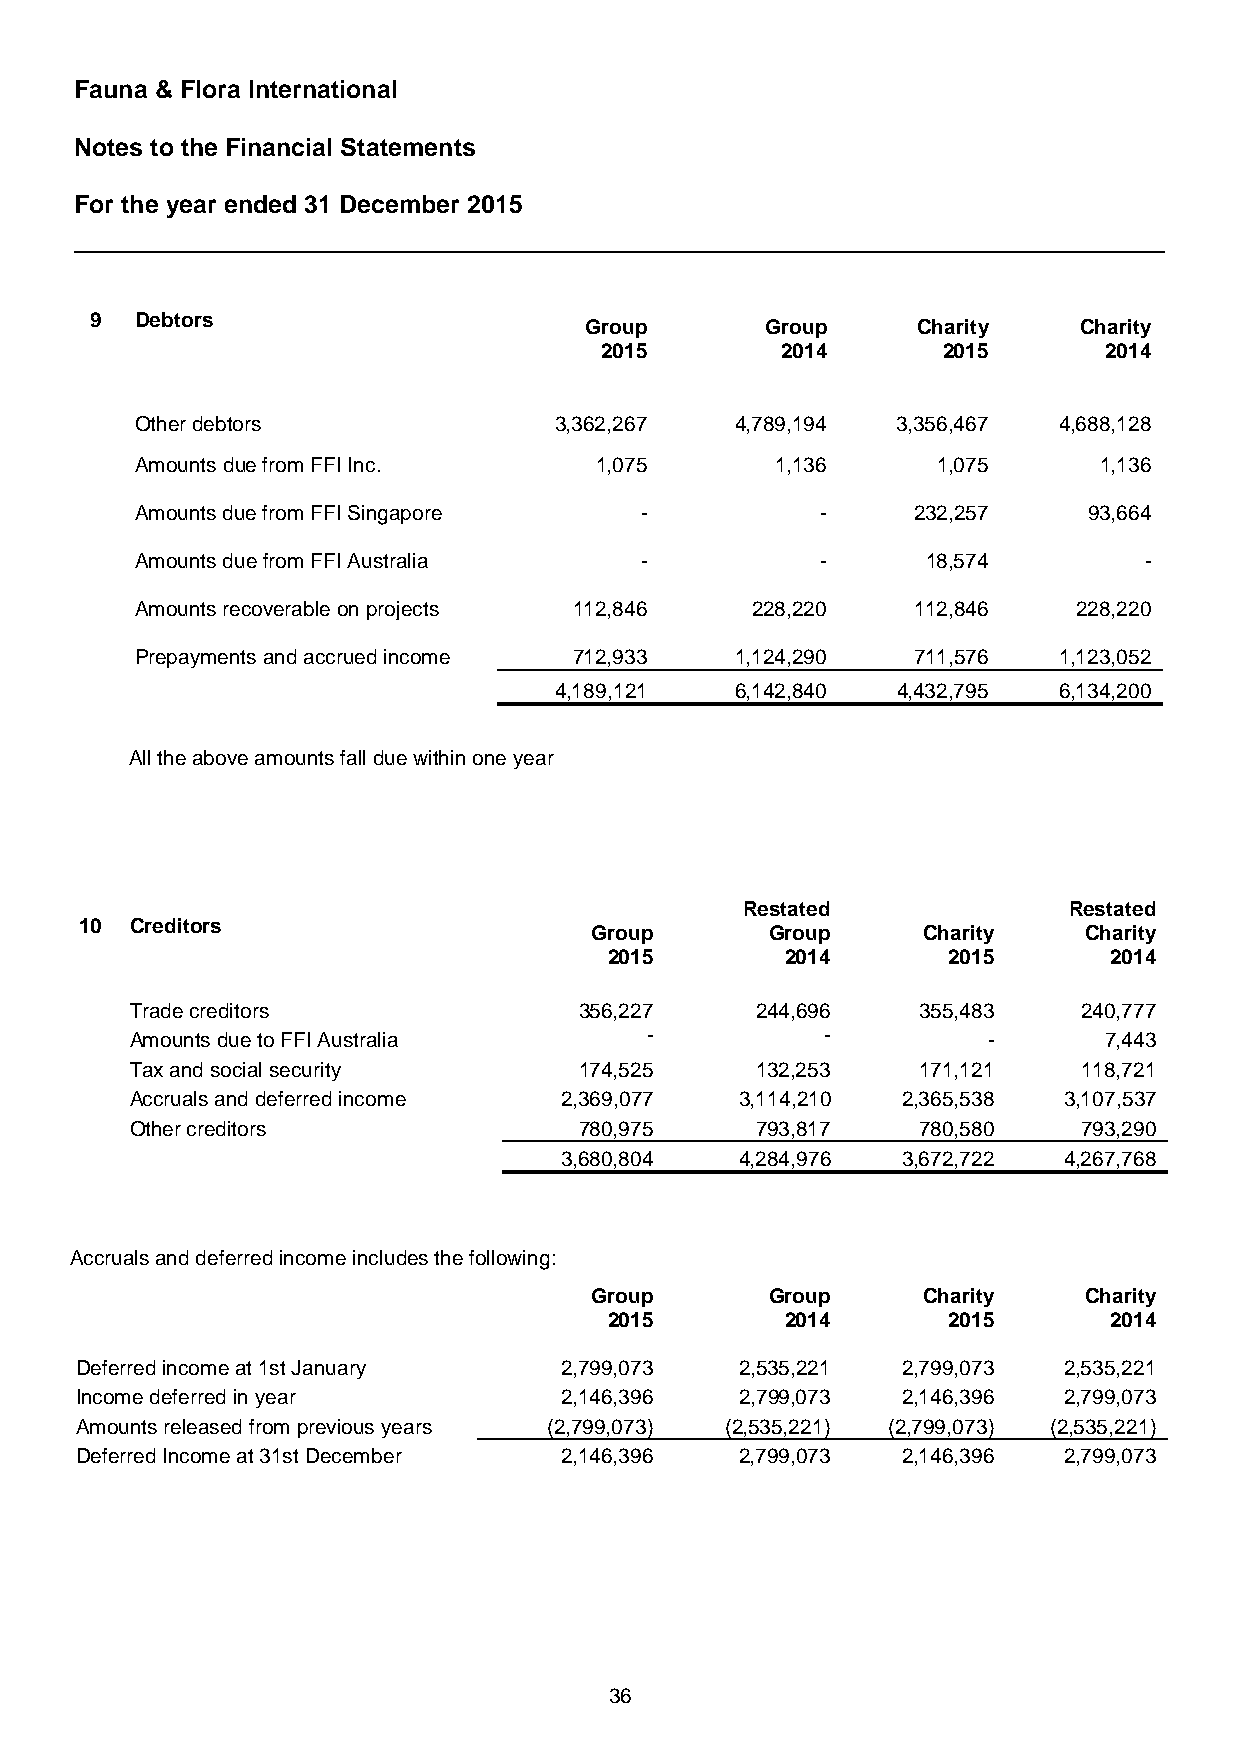
Fauna & Flora International
 Notes to the Financial Statements
 For the year ended 31 December 2015
 9  Debtors
 Group       Group     Charity   Charity
 2015        2014      2015       2014
 Other debtors               3,362,267   4,789,194 3,356,467  4,688,128
 Amounts due from FFI Inc.     1,075       1,136      1,075      1,136
 Amounts due from FFI Singapore   -           -     232,257     93,664
 Amounts due from FFI Australia   -           -      18,574         -
 Amounts recoverable on projects 112,846  228,220   112,846    228,220
 Prepayments and accrued income 712,933  1,124,290  711,576   1,123,052
 4,189,121   6,142,840 4,432,795  6,134,200
 All the above amounts fall due within one year
 Restated              Restated
 10  Creditors
 Group       Group     Charity    Charity
 2015        2014       2015      2014
 Trade creditors              356,227     244,696    355,483    240,777
 Amounts due to FFI Australia      -           -         -       7,443
 Tax and social security      174,525     132,253    171,121    118,721
 Accruals and deferred income 2,369,077  3,114,210  2,365,538 3,107,537
 Other creditors              780,975     793,817    780,580    793,290
 3,680,804   4,284,976  3,672,722 4,267,768
 Accruals and deferred income includes the following:
 Group       Group     Charity    Charity
 2015        2014       2015      2014
 Deferred income at 1st January  2,799,073   2,535,221  2,799,073 2,535,221
 Income deferred in year         2,146,396   2,799,073  2,146,396 2,799,073
 Amounts released from previous years (2,799,073) (2,535,221) (2,799,073) (2,535,221)
 Deferred Income at 31st December 2,146,396  2,799,073  2,146,396 2,799,073
 36